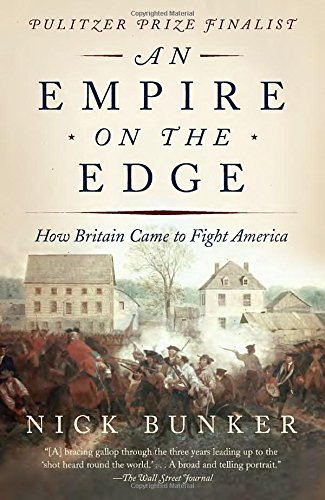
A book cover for An Empire on the Edge: How Britain Came to Fight America; Nick Bunker; History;